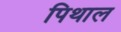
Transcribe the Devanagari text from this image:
पिथाल